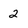
Character: 2